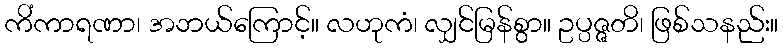
ကိံကာရဏာ၊ အဘယ်ကြောင့်။ လဟုကံ၊ လျှင်မြန်စွာ။ ဥပ္ပဇ္ဇတိ၊ ဖြစ်သနည်း။